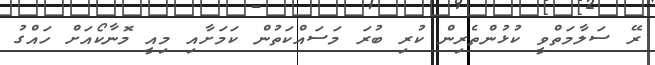
ރޭ ސަލާމަތްވީ ކުޅުންތެރިން ކުރި ބުރަ މަސައްކަތުން ކަމަށާއި މިއީ މޮނާކޯއަށް ހައްގު